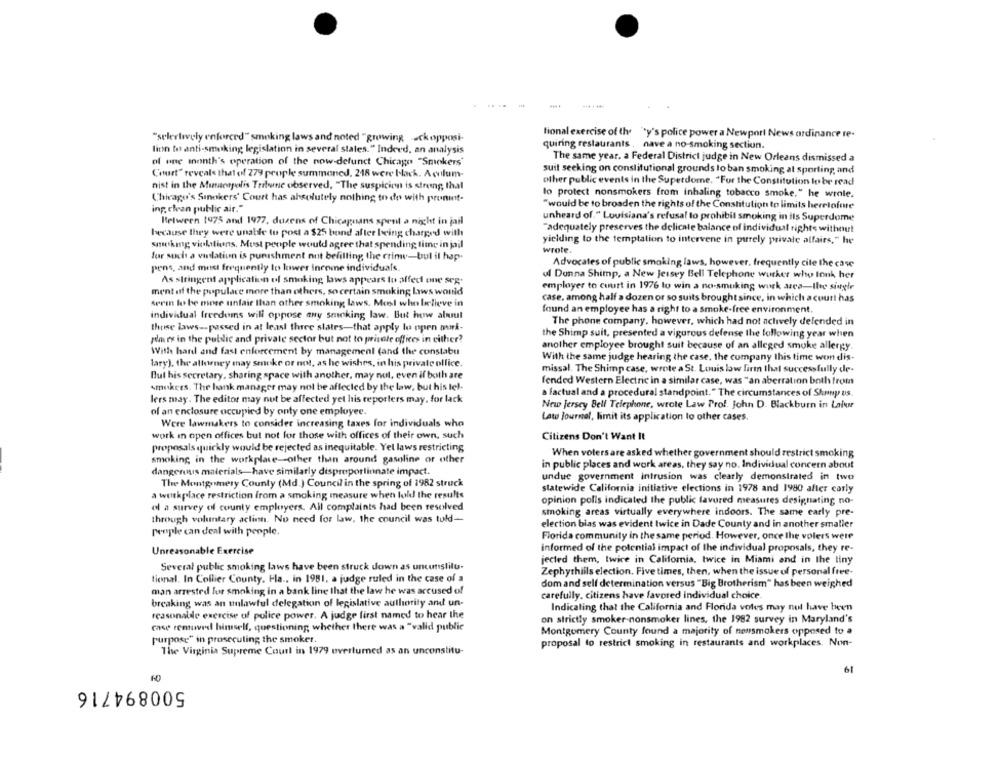
"selectively enforced" smoking laws and noted "growing .ckopposi-
tional exercise of the "y's police power a Newport News ordinance re-
quiring restaurants , nave a no-smoking section.
lion to anti-smoking legislation in several states." Indeed, an analysis
The same year. a Federal District judge in New Orleans dismissed a
of one month's operation of the now-defunct Chicago "Smokers"
Court" reveals that of 279 people summoned, 218 were black. A colum-
suit seeking on constitutional grounds lo ban smoking at sporting and
other public events in the Superdome. "For the Constitution lo be read
nist in the Museopolis Trifone observed, "The suspicion is strong, thal
Chicago's Sinokers' Court has absolutely nothing to do with pronunt-
lo protect nonsmokers from inhaling tobacco smoke," he wrote.
"would be to broaden the rights of the Constitution to limits herrlofore
ing. clean public air."
unheard of." Louisiana's refusal to prohibit smoking in ils Superdome
Between 1975 and 1977, dozens of Chicagoans spent a night in jail
"adequately preserves the delicate balance of individual rights without
because they were unable to post a $25 bond after being charged with
yielding to the temptation to intervene in purely private affairs," he
smoking violations. Must people would agree that spending time in jail
wrote.
for such a vislatiun is punishment not befilling the crinw-bul it hap.
pens, and most frequently lo lower Inrome individuals.
Advocates of public smoking laws, however, frequently cite the case
ul Donna Shimp, a New Jersey Bell Telephone worker who tonk her
As stringent application of smoking laws appears to affed one seg-
employer to court in 1976 to win a no-smoking work area-lhe single
ment of the populace more than others, so certain smoking Laws would
case, among half a dozen or so suits brought since, in which a court has
serin lo be more unfair than other smoking laws. Meel who believe in
found an employee has a right to a smoke-free environment.
individual freedoms will oppose any smoking law. But how about
those laws-passed in at least three slates-that apply lo open mak-
The phone company. however, which had not actively defended in
the Shimp suit, presented a vigorous defense the following year when
pas es in the public and private sector but not to private offices in either?
another employee brought suit because of an alleged smoke allergy.
With hard and fast enforcement by management (and the constabu
With the same judge hearing the case, the company this time won dis-
lary), the allowney may smuke or not, as he wishes, in his private office.
missal. The Shimp case, wrote a St. Louis law firm that successfully de-
But his secretary, sharing space with another, may not, even if both are
fended Western Electric in a similar case, was "an aberration both from
smokers. The bank manager may not be affected by the law, but his tel.
a factual and a procedural standpoint." The circumstances of Shrny us.
lers may. The editor may not be affected yel his reporters may, for lack
of an enclosure occupied by onty one employee.
New Jersey Bell Telephone, wrote Law Prof. John D. Blackburn in Later
Lato Journel, limit its application to other cases.
Were lawmakers to consider increasing taxes for individuals who
work in open offices but not for those with offices of their own, such
Citizens Don't Want It
proposals quickly would be rejected as inequitable. Yel laws restricting
When voters are asked whether government should restrict smoking
smoking in the workplace-other than around gasoline or other
in public places and work areas, they say no. Individual concern about
dangennuis materials-have similarly disproporlinnate impact.
undue government intrusion was clearly demonstrated in two
The Montgomery County (Md.) Council in the spring of 1982 struck
a workplace restriction from a smoking measure when told the results
statewide California initiative elections in 1978 and 1980 after carly
opinion polls indicated the public favored measures designating no-
ol a survey of county employers. All complaints had been resolved
smoking areas virtually everywhere indoors. The same early pre-
through voluntary aclinn. No need for law, the council was told-
election bias was evident twice in Dade County and in another smaller
people can deal with people.
Florida community in the same period. However, once the volers were
informed of the potential impact of the individual proposals, they re-
Unreasonable Exercise
jected them, Iwice in California, twice in Miami and in the tiny
Several public smoking laws have been struck down as uncutslilu-
tional. In Collier County, Fla ., in 1981. a judge ruled in the case of a
Zephyrhills election. Five times, then, when the issue of personal free-
dom and self determination versus "Big Brotherism" has been weighed
man arrested for smoking in a bank line that the law he was accused of
breaking was an unlawful delegation of legislative authority and un-
carefully, citizens have favored individual choice.
Indicating that the California and Florida votes may not have been
reasonable exercise of police power. A judge first named to hear the
on strictly smoker-nonsmoker lines, the 1982 survey in Maryland's
case removed himself, questioning, whether there was a "valid public
Montgomery County found a majority of nonsmokers opposed to a
purpose" in prosecuting the smoker.
proposal to restrict smoking in restaurants and workplaces. Non-
The Virginia Supreme Court in 1979 overturned as an unconstitu-
61
500894716